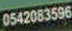
0542083596